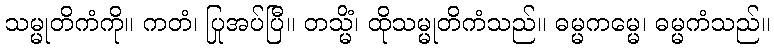
သမ္မုတိကံကို။ ကတံ၊ ပြုအပ်ပြီ။ တသ္မိံ၊ ထိုသမ္မုတိကံသည်။ ဓမ္မကမ္မေ၊ ဓမ္မကံသည်။